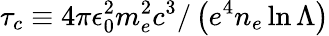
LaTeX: \tau_{c}\equiv 4\pi\epsilon_{0}^{2}m_{e}^{2}c^{3}/\left(e^{4}n_{e}\ln\Lambda\right)